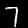
Label: 7